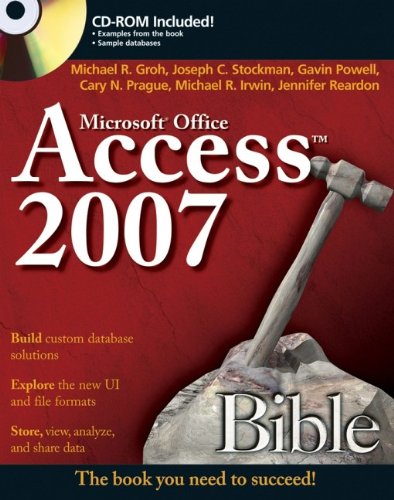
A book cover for Access 2007 Bible; Michael R. Groh; Computers & Technology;